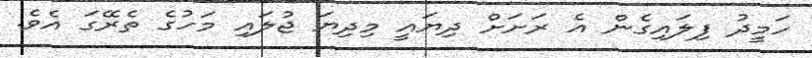
ހަމީދު ފިލައިގެން އެ ރަށަށް ދިޔައީ މިދިޔަ ޖުލައި މަހުގެ ތެރޭގަ އެވެ.